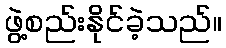
ဖွဲ့စည်းနိုင်ခဲ့သည်။